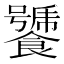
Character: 𩞣